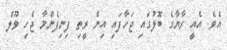
އެވެ. އެއީ ރާޔާގެ ބޮލުގައި ޖަހާފައި އިން ރީތި ފިނިފެންމާ ޖެހި ވޫލް